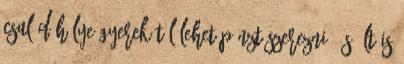
család hülye gyerekétől lehet pénzt szerezni. És élt is